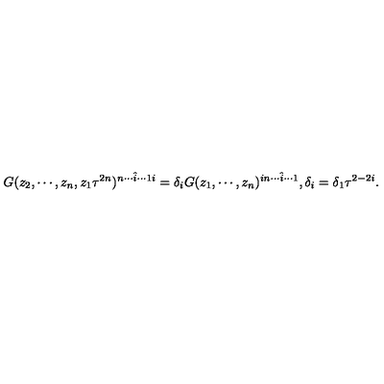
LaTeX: G ( z _ { 2 } , \cdots , z _ { n } , z _ { 1 } \tau ^ { 2 n } ) ^ { n \cdots \hat { i } \cdots 1 i } = \delta _ { i } G ( z _ { 1 } , \cdots , z _ { n } ) ^ { i n \cdots \hat { i } \cdots 1 } , \delta _ { i } = \delta _ { 1 } \tau ^ { 2 - 2 i } .